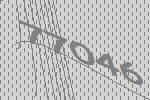
77046